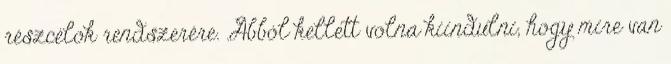
részcélok rendszerére. .Abból kellett volna kiindulni, hogy mire van